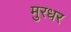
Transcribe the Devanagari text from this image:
मुरधर